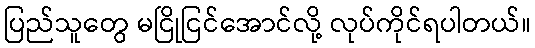
ပြည်သူတွေ မငြိုငြင်အောင်လို့ လုပ်ကိုင်ရပါတယ်။